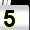
Digit: 5